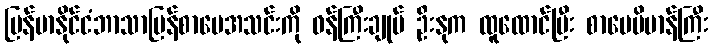
မြန်မာနိုင်ငံဘာသာပြန်စာပေအသင်းကို ဝန်ကြီးချုပ် ဦးနုက ထူထောင်ပြီး စာပေဗိမာန်ကြီး